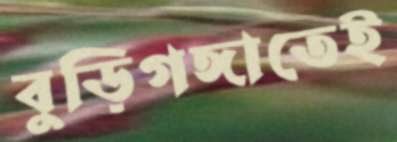
বুড়িগঙ্গাতেই